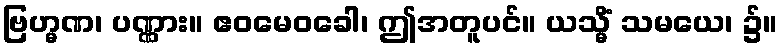
ဗြဟ္မဏ၊ ပဏ္ဏား။ ဧဝမေဝခေါ၊ ဤအတူပင်။ ယသ္မိံ သမယေ၊ ၌။